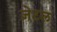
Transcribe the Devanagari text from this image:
ज़ेटल